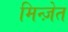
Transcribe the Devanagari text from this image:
मिन्ज़ेत